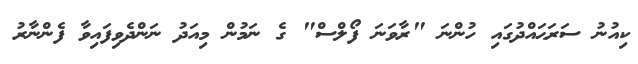
ކިއުނު ސަރަޙައްދުގައި ހުންނަ "ރާވަނަ ފޯލްސް" ގެ ނަމުން މިއަދު ނަންދެވިފައިވާ ފެންނާރު